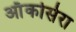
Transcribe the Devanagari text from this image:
ऑंकोसेरा